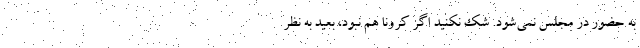
به حضور در مجلس نمی‌شود. شک نکنید اگر کرونا هم نبود، بعید به نظر